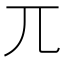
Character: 兀